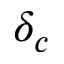
\delta _ { c }